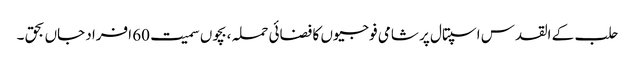
حلب کے القدس اسپتال پر شامی فوجیوں کا فضائی حملہ ،بچوں سمیت 60 افراد جاں بحق ۔